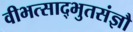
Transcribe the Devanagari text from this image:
वीभत्साद्भुतसंज्ञौ